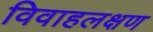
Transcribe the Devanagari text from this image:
विवाहलक्षण